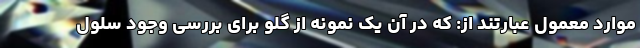
موارد معمول عبارتند از: که در آن یک نمونه از گلو برای بررسی وجود سلول